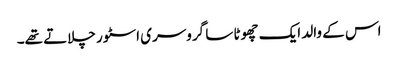
اس کے والد ایک چھوٹا سا گروسری اسٹور چلاتے تھے۔